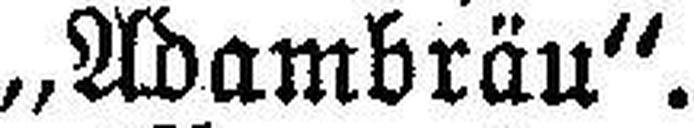
„Adambräu“.